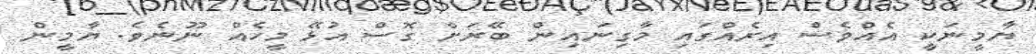
ޔާމީނަކީ އެއްވެސް އިރެއްގައި މާގިނައިން ބޭރަށް ގޮސް އުޅޭ މީހެއް ނޫނެވެ. ޔާމީން